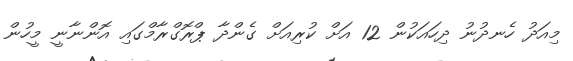
މިއަދު ހެނދުނު ދިހައަކުން 12 އަށް ކުރިއަށް ގެންދާ ޕްރޮގްރާމްގައި އޮންނާނީ މީހުން